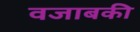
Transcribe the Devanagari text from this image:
वजाबकी